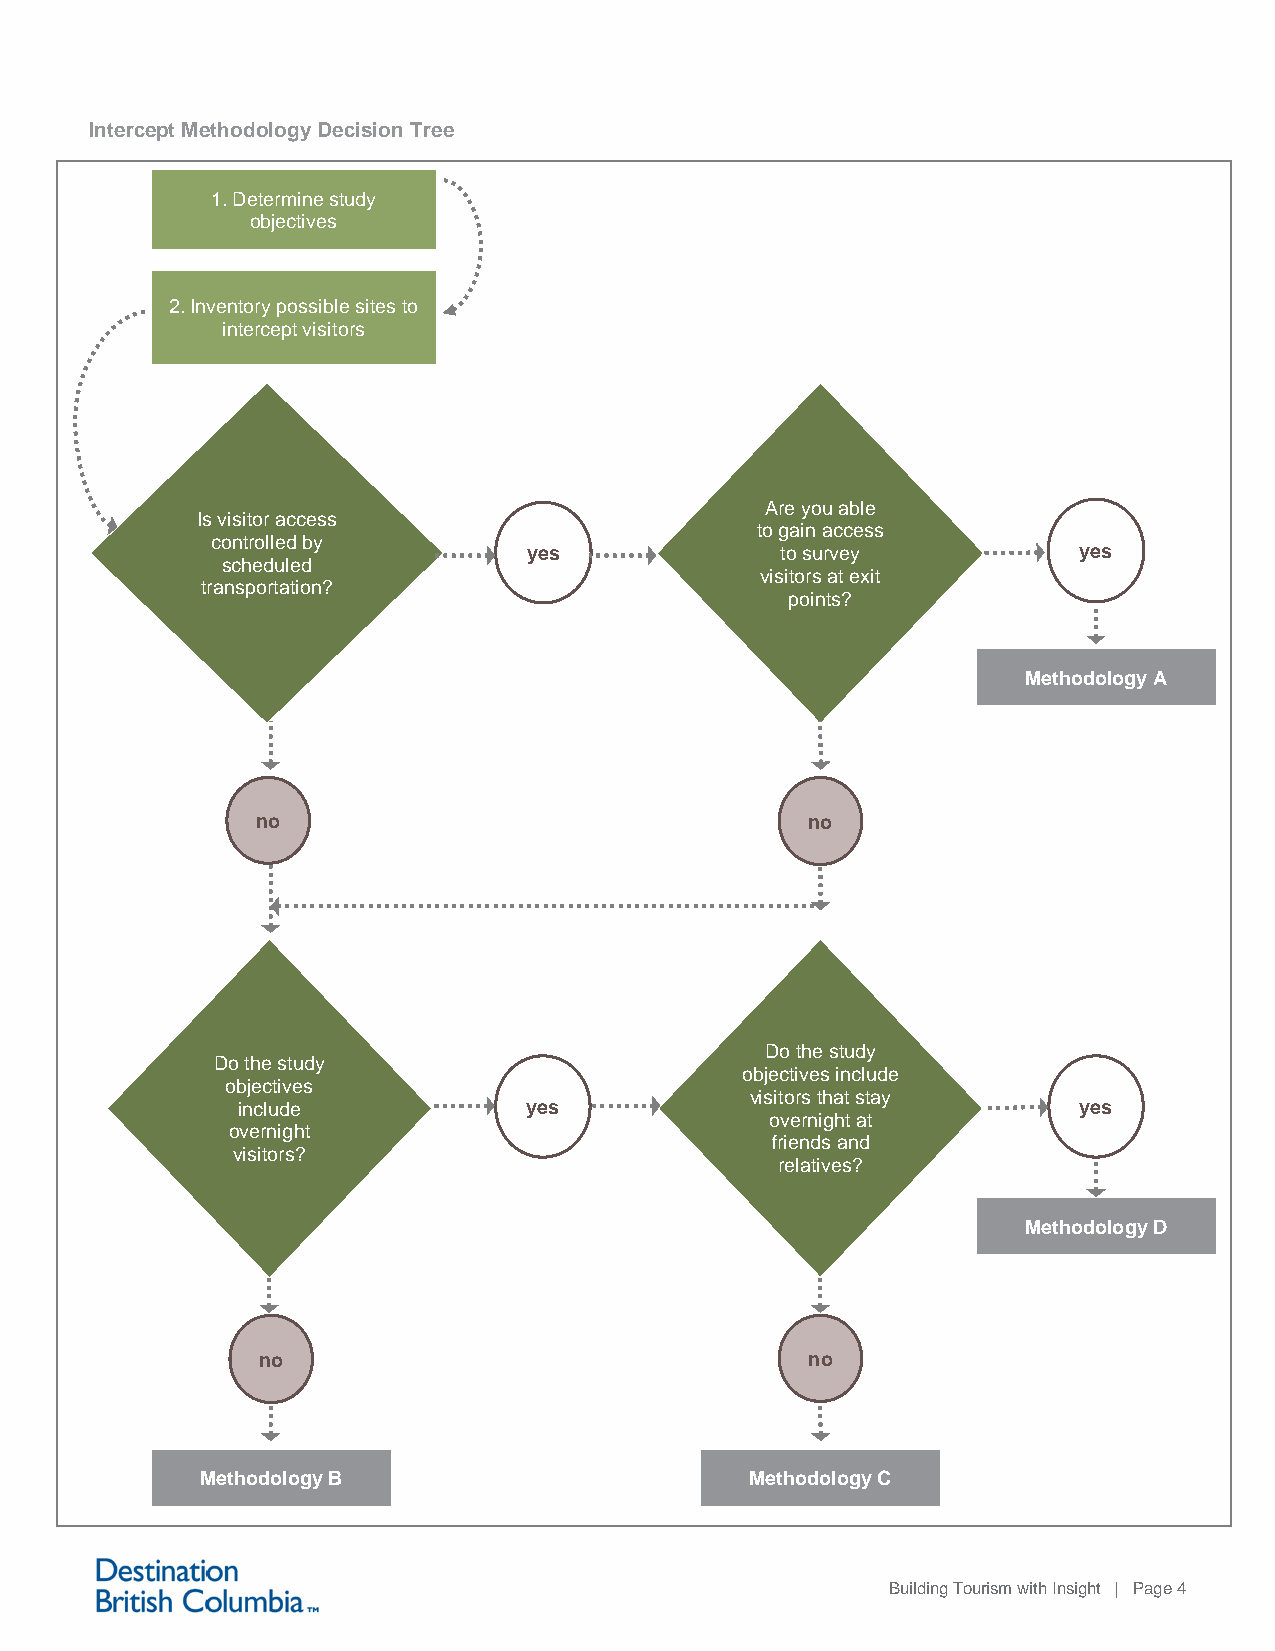
Intercept Methodology Decision Tree
 1. Determine study
 objectives
 2. Inventory possible sites to
 intercept visitors
 Are you able
 Is visitor access
 to gain access
 controlled by
 yes              to survey          yes
 scheduled
 visitors at exit
 transportation?
 points?
 Methodology A
 no                                   no
 Do the study
 Do the study
 objectives include
 objectives
 visitors that stay
 include            yes                                 yes
 overnight at
 overnight
 friends and
 visitors?
 relatives?
 Methodology D
 no                                   no
 Methodology B                        Methodology C
 Building Tourism with Insight | Page 4